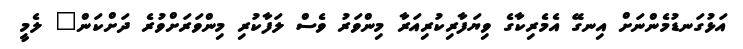
އަޅުގަނޑުމެންނަށް އިނގޭ އެމެރިކާގެ ވިޔަފާރިކުރިއަރާ މިންވަރު ވެސް ލަފާކުރި މިންވަރަށްވުރެ ދަށްކަން" ލެމީ